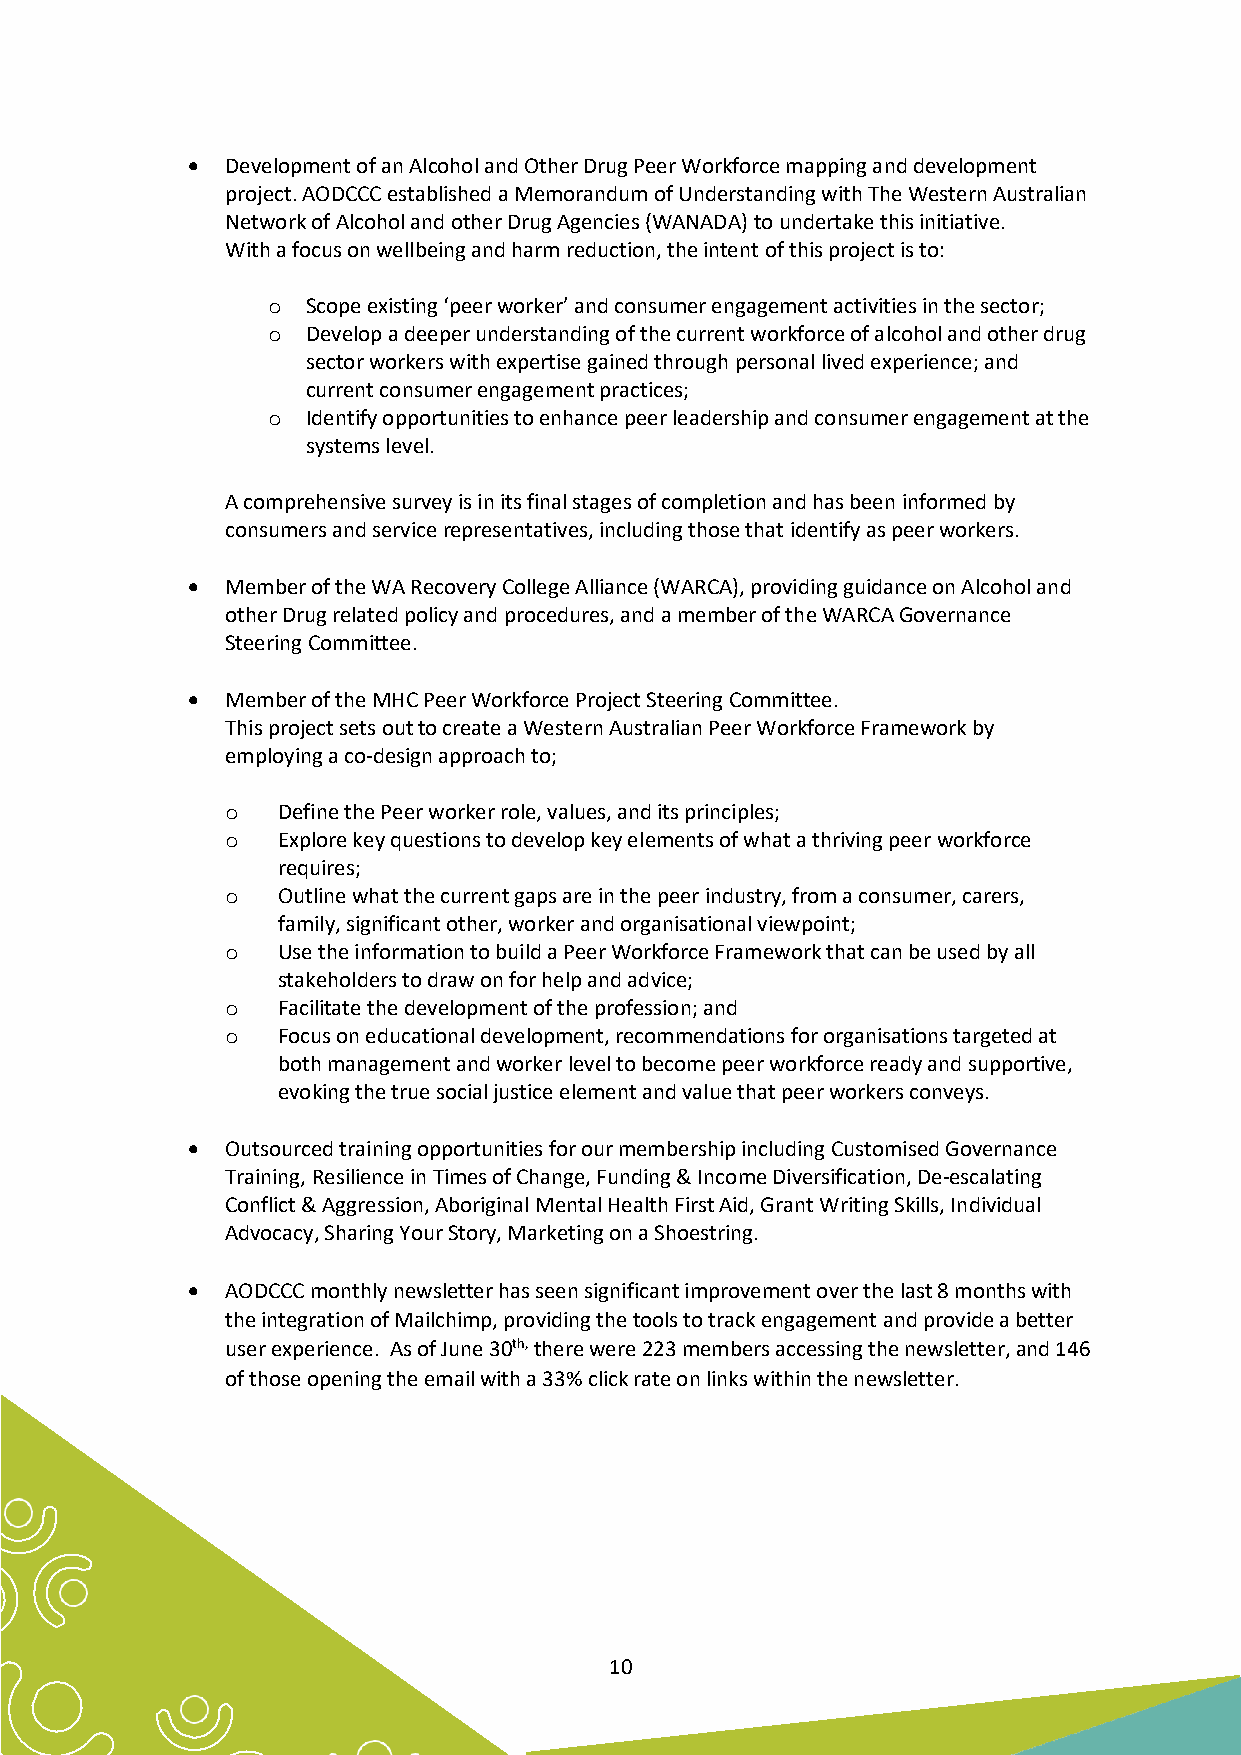
•  Development of an Alcohol and Other Drug Peer Workforce mapping and development
 project. AODCCC established a Memorandum of Understanding with The Western Australian
 Network of Alcohol and other Drug Agencies (WANADA) to undertake this initiative.
 With a focus on wellbeing and harm reduction, the intent of this project is to:
 o Scope existing ‘peer worker’ and consumer engagement activities in the sector;
 o Develop a deeper understanding of the current workforce of alcohol and other drug
 sector workers with expertise gained through personal lived experience; and
 current consumer engagement practices;
 o Identify opportunities to enhance peer leadership and consumer engagement at the
 systems level.
 A comprehensive survey is in its final stages of completion and has been informed by
 consumers and service representatives, including those that identify as peer workers.
 •  Member of the WA Recovery College Alliance (WARCA), providing guidance on Alcohol and
 other Drug related policy and procedures, and a member of the WARCA Governance
 Steering Committee.
 •  Member of the MHC Peer Workforce Project Steering Committee.
 This project sets out to create a Western Australian Peer Workforce Framework by
 employing a co-design approach to;
 o  Define the Peer worker role, values, and its principles;
 o  Explore key questions to develop key elements of what a thriving peer workforce
 requires;
 o  Outline what the current gaps are in the peer industry, from a consumer, carers,
 family, significant other, worker and organisational viewpoint;
 o  Use the information to build a Peer Workforce Framework that can be used by all
 stakeholders to draw on for help and advice;
 o  Facilitate the development of the profession; and
 o  Focus on educational development, recommendations for organisations targeted at
 both management and worker level to become peer workforce ready and supportive,
 evoking the true social justice element and value that peer workers conveys.
 •  Outsourced training opportunities for our membership including Customised Governance
 Training, Resilience in Times of Change, Funding & Income Diversification, De-escalating
 Conflict & Aggression, Aboriginal Mental Health First Aid, Grant Writing Skills, Individual
 Advocacy, Sharing Your Story, Marketing on a Shoestring.
 •  AODCCC monthly newsletter has seen significant improvement over the last 8 months with
 the integration of Mailchimp, providing the tools to track engagement and provide a better
 user experience. As of June 30th, there were 223 members accessing the newsletter, and 146
 of those opening the email with a 33% click rate on links within the newsletter.
 10